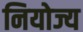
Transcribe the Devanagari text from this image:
नियोज्य